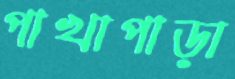
পাখাপাড়া